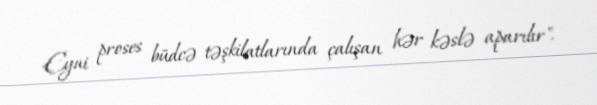
Eyni proses büdcə təşkilatlarında çalışan hər kəslə aparılır".